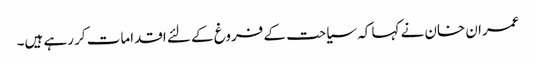
عمران خان نے کہا کہ سیاحت کے فروغ کے لئے اقدامات کر رہے ہیں۔